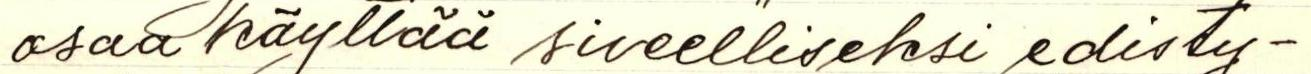
osaa käyttää siveelliseksi edisty-